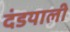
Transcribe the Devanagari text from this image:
दंडयाली